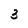
Character: 3